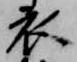
衣